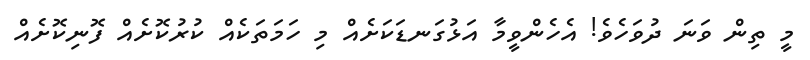
މީ ތިން ވަނަ ދުވަހެވެ! އެހެންވީމާ އަޅުގަނޑަކަށެއް މި ހަމަތަކެއް ކުރުކޮށެއް ފޮނިކޮށެއް